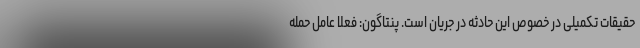
حقیقات تکمیلی در خصوص این حادثه در جریان است. پنتاگون: فعلا عامل حمله